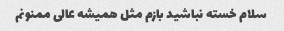
سلام خسته نباشید بازم مثل همیشه عالی ممنونم